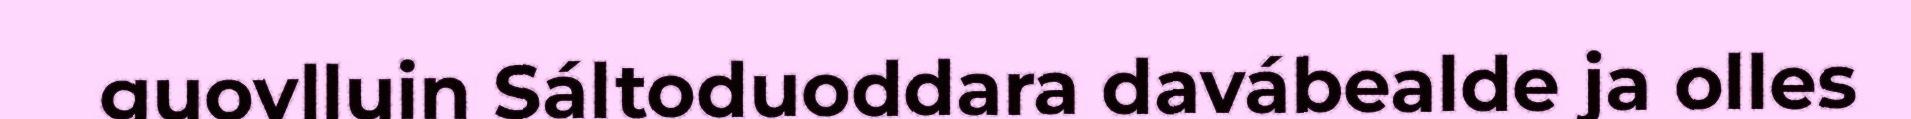
guovlluin Sáltoduoddara davábealde ja olles